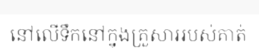
នៅលើទឹកនៅក្នុងគ្រួសាររបស់គាត់